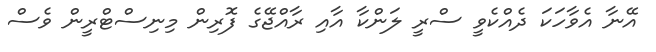
އޭނާ އެވާހަކަ ދެއްކެވީ ސްރީ ލަންކާ އާއި ރާއްޖޭގެ ފޮރިން މިނިސްޓްރީން ވެސް